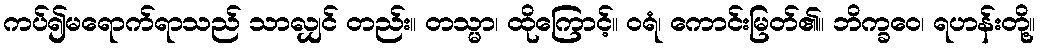
ကပ်၍မရောက်ရာသည် သာလျှင် တည်း။ တသ္မာ၊ ထိုကြောင့်။ ဝရံ၊ ကောင်းမြတ်၏။ ဘိက္ခဝေ၊ ရဟန်းတို့။